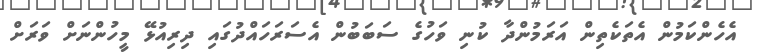
އެހެންކަމުން އެތަކެތިން އަރަމުންދާ ކުނި ވަހުގެ ސަބަބުން އެސަރަހައްދުގައި ދިރިއުޅޭ މީހުންނަށް ވަރަށް